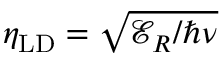
\eta _ { \mathrm { L D } } = \sqrt { \mathcal { E } _ { R } / \hbar \nu }